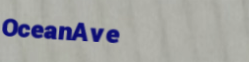
OceanAve